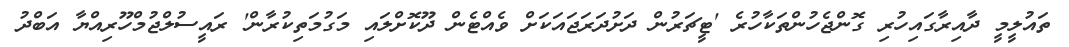
ތައުލީމީ ދާއިރާގައިހުރި ގޮންޖެހުންތަކާހުރެ 'ޓީޗަރުން ދަށުދަރަޖައަކަށް ވެއްޓެން ދޫކޮށްލައި މަގުމަތިކުރާން' ރައީސުލްޖުމްހޫރިއްޔާ އަބްދު